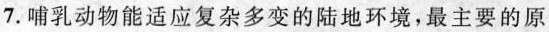
7.哺乳动物能适应复杂多变的陆地环境，最主要的原